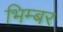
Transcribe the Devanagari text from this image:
भिम्बर